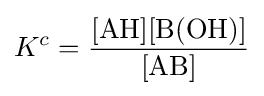
K^{c}={\frac {[\mathrm {AH} ][\mathrm {B} (\mathrm {OH} )]}{[\mathrm {AB} ]}}